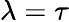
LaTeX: \lambda=\tau